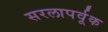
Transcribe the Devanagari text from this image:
सरलापर्वूक